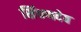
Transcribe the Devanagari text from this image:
सिंधणदेव